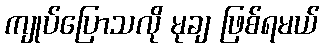
ကျုပ်ပြောသလို မုချ ဖြစ်ရမယ်